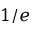
1 / e